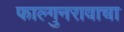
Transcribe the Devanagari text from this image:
फाल्गुनरावाचा